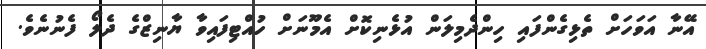
އޭނާ އަވަހަށް ތެޅިގެންފައި ހިންދެމިލަން އުޅެނިކޮށް އެމޫނަށް ހުއްޓިފައިވާ ޔާނިޒްގެ ދެލޯ ފެނުނެވެ.